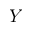
Y